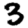
Digit: 3